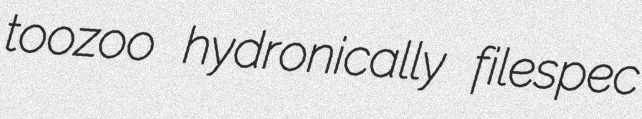
toozoo hydronically filespec